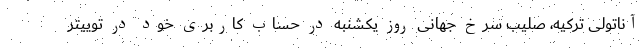
آناتولی ترکیه، صلیب سرخ جهانی روز یکشنبه در حساب کاربری خود در توییتر